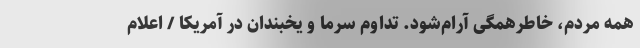
همه مردم، خاطرِهمگی آرام‌شود. تداوم سرما و یخبندان در آمریکا / اعلام